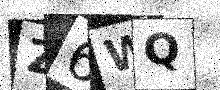
Text: Z6WQ